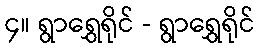
၄။ ရွာရွှေရိုင် - ရွာရွှေရိုင်